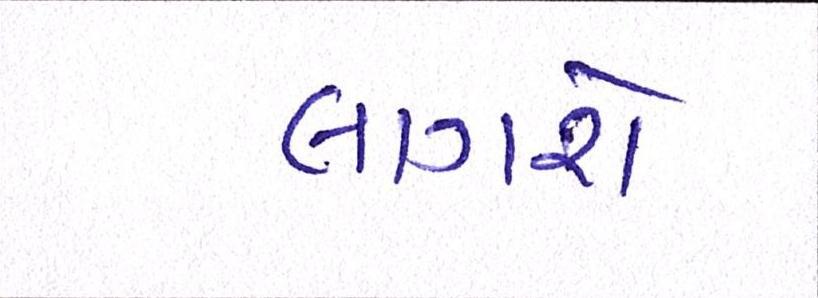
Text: લાગશે